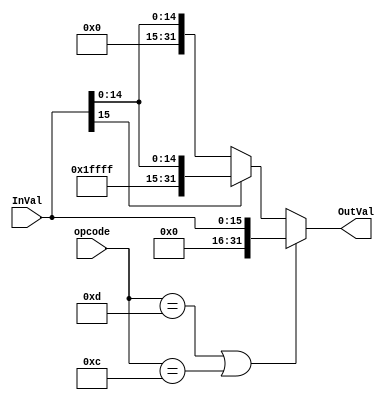
module Extender_32b (
	//INPUTs
	input [15:0] InVal,	//
	input [5:0] opcode, //
	//OUTPUTs
	output [31:0] OutVal //
);
	localparam 	  ORI = 6'h0d,
				  ANDI= 6'h0c;
	
	assign OutVal = ((opcode == ORI) ||(opcode == ANDI)) ? {16'h0000,InVal}:
														   (InVal[15] == 1) ? {16'hFFFF,InVal}:
																			  {16'h0000,InVal};

endmodule